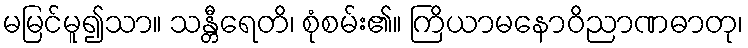
မမြင်မူ၍သာ။ သန္တီရေတိ၊ စုံစမ်း၏။ ကြိယာမနောဝိညာဏဓာတု၊